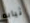
ثيابه